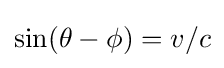
\sin(\theta -\phi )=v/c